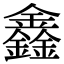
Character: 鑫